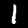
Digit: 1